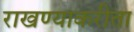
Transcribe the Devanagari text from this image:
राखण्याकरीता